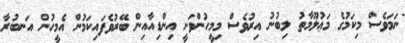
ނަމަވެސް މިކަމުގެ މަޢުލޫމާތު ލިބުނު އިރުވެސް މިމީހުންވަނީ އިންޑިއާއިން ބޭރުވެފައިކަމުން އެމީހުން އަނބުރާ